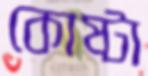
কোষ্টা